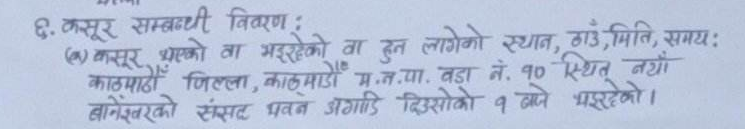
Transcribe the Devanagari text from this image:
६. कसूर सम्बन्धी विवरण :
(क) कसूर भएको वा भइरहेको वा हुन लागेको स्थान, ठाउँ, मिति, समय:
काठमाण्डौँ जिल्ला, काठमाडौँ म.न.पा. वडा नं. १० स्थित नयाँ
बानेश्वरको संसद भवन अगाडि दिउसोको १ बजे भइरहेको ।